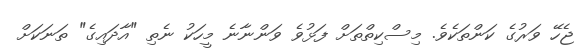
ޖެހޭ ވަރުގެ ކަންތަކެވެ. މިސްކިތްތަށް ފަޅުވެ ވަންނާނެ މީހަކު ނެތި "އާދައިގެ" ތަނަކަށް